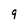
Character: 9